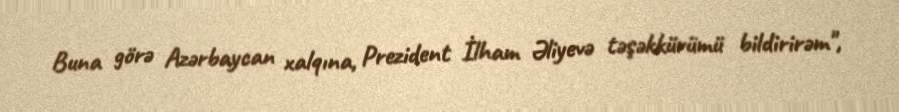
Buna görə Azərbaycan xalqına, Prezident İlham Əliyevə təşəkkürümü bildirirəm",